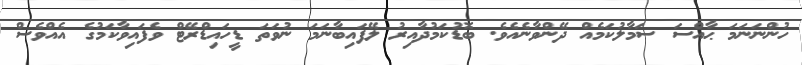
ހުންނަނަމަ ޙާއްސަ ސަމާލުކަމެއް ދޭންވާނެއެވެ. ބޮޑުކަމުދާއިރު ލޭފައިބާނަމަ ނުވަތަ ޑީހައިޑްރޭޓް ވެފައިވާކަމުގެ އެއްވެސް